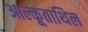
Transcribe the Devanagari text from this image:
आल्कूताथिल